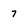
Character: 7